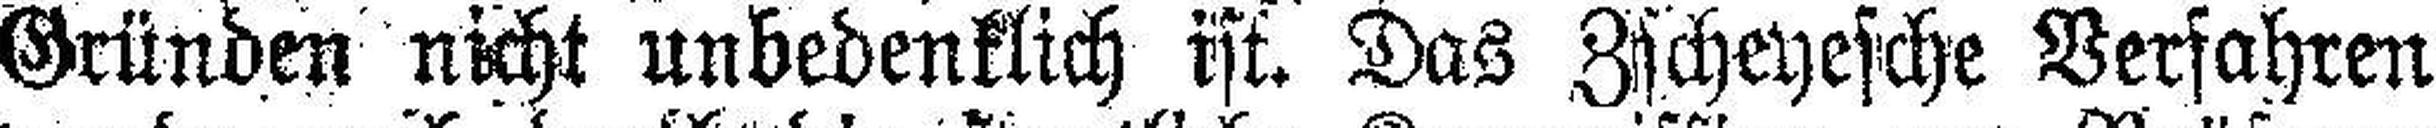
Gründen nicht unbedenklich ist. Das Zscheyesche Verfahren